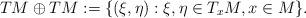
LaTeX: \begin{align*}TM \oplus TM := \{(\xi , \eta) : \xi, \eta \in T_xM ,x \in M \}.\end{align*}